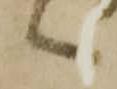
へ